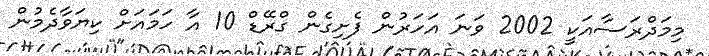
މިމަދްރަސާއަކީ 2002 ވަނަ އަހަރުން ފެށިގެން ގްރޭޑް 10 އާ ހަމައަށް ކިޔަވާދެމުން